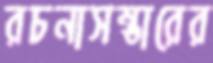
রচনাসম্ভারের